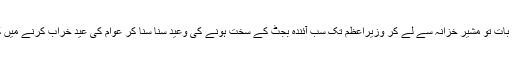
رہی مرکزی حکومت کی بات تو مشیر خزانہ سے لے کر وزیراعظم تک سب آئندہ بجٹ کے سخت ہونے کی وعید سُنا سُنا کر عوام کی عید خراب کرنے میں کوئی کسر نہیں چھوڑتے۔